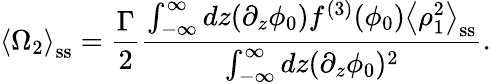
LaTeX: \left\langle\Omega_{2}\right\rangle_{\mathrm{ss}}=\frac{\Gamma}{2}\frac{\int_{-\infty}^{\infty}dz(\partial_{z}\phi_{0})f^{(3)}(\phi_{0})\left\langle\rho_{1}^{2}\right\rangle_{\mathrm{ss}}}{\int_{-\infty}^{\infty}dz(\partial_{z}\phi_{0})^{2}}.